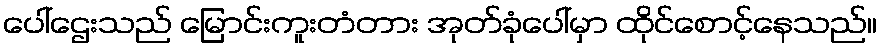
ပေါ်ဌေးသည် မြောင်းကူးတံတား အုတ်ခုံပေါ်မှာ ထိုင်စောင့်နေသည်။